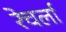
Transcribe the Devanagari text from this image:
रेचर्ला